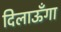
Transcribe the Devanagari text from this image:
दिलाऊँगा